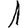
Digit: 1